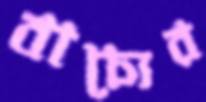
বাচ্যের